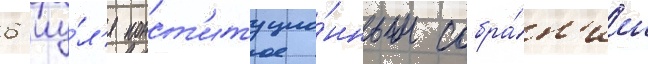
6 иу́л'я конст'итуцио́нным собра́н'ием